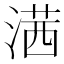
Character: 𣺋